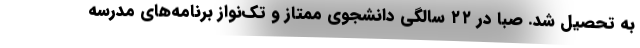
به تحصیل شد. صبا در ۲۲ سالگی دانشجوی ممتاز و تک‌نواز برنامه‌های مدرسهٔ